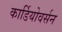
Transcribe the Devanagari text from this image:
कार्डियोवर्सन